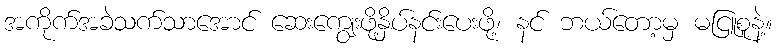
အကိုက်အခဲသက်သာအောင် ဆေးကျွေးဖို့နှိပ်နင်းပေးဖို့၊ နင် ဘယ်တော့မှ မငြူစူနဲ့။